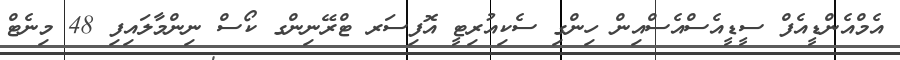
އެމްއެންޑީއެފް ސީޑީއެސްއެސްއިން ހިންގި ސެކިއުރިޓީ އޮފިސަރ ޓްރޭނިންގ ކޯސް ނިންމާލައިފި 48 މިނެޓް